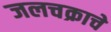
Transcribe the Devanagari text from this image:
जलचक्राचे